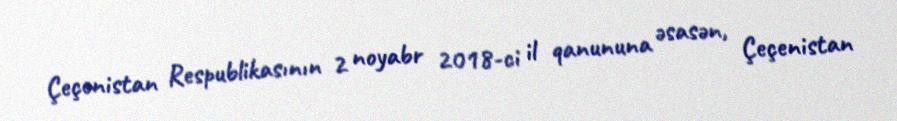
Çeçenistan Respublikasının 2 noyabr 2018-ci il qanununa əsasən, Çeçenistan